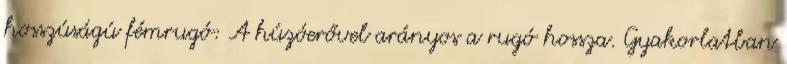
hosszúságú fémrugó: A húzóerővel arányos a rugó hossza. Gyakorlatban